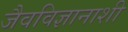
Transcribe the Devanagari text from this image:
जैवविज्ञानाशी